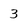
Character: 3